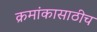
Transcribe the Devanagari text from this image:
क्रमांकासाठीच